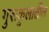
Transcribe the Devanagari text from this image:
गुरूकुलातील